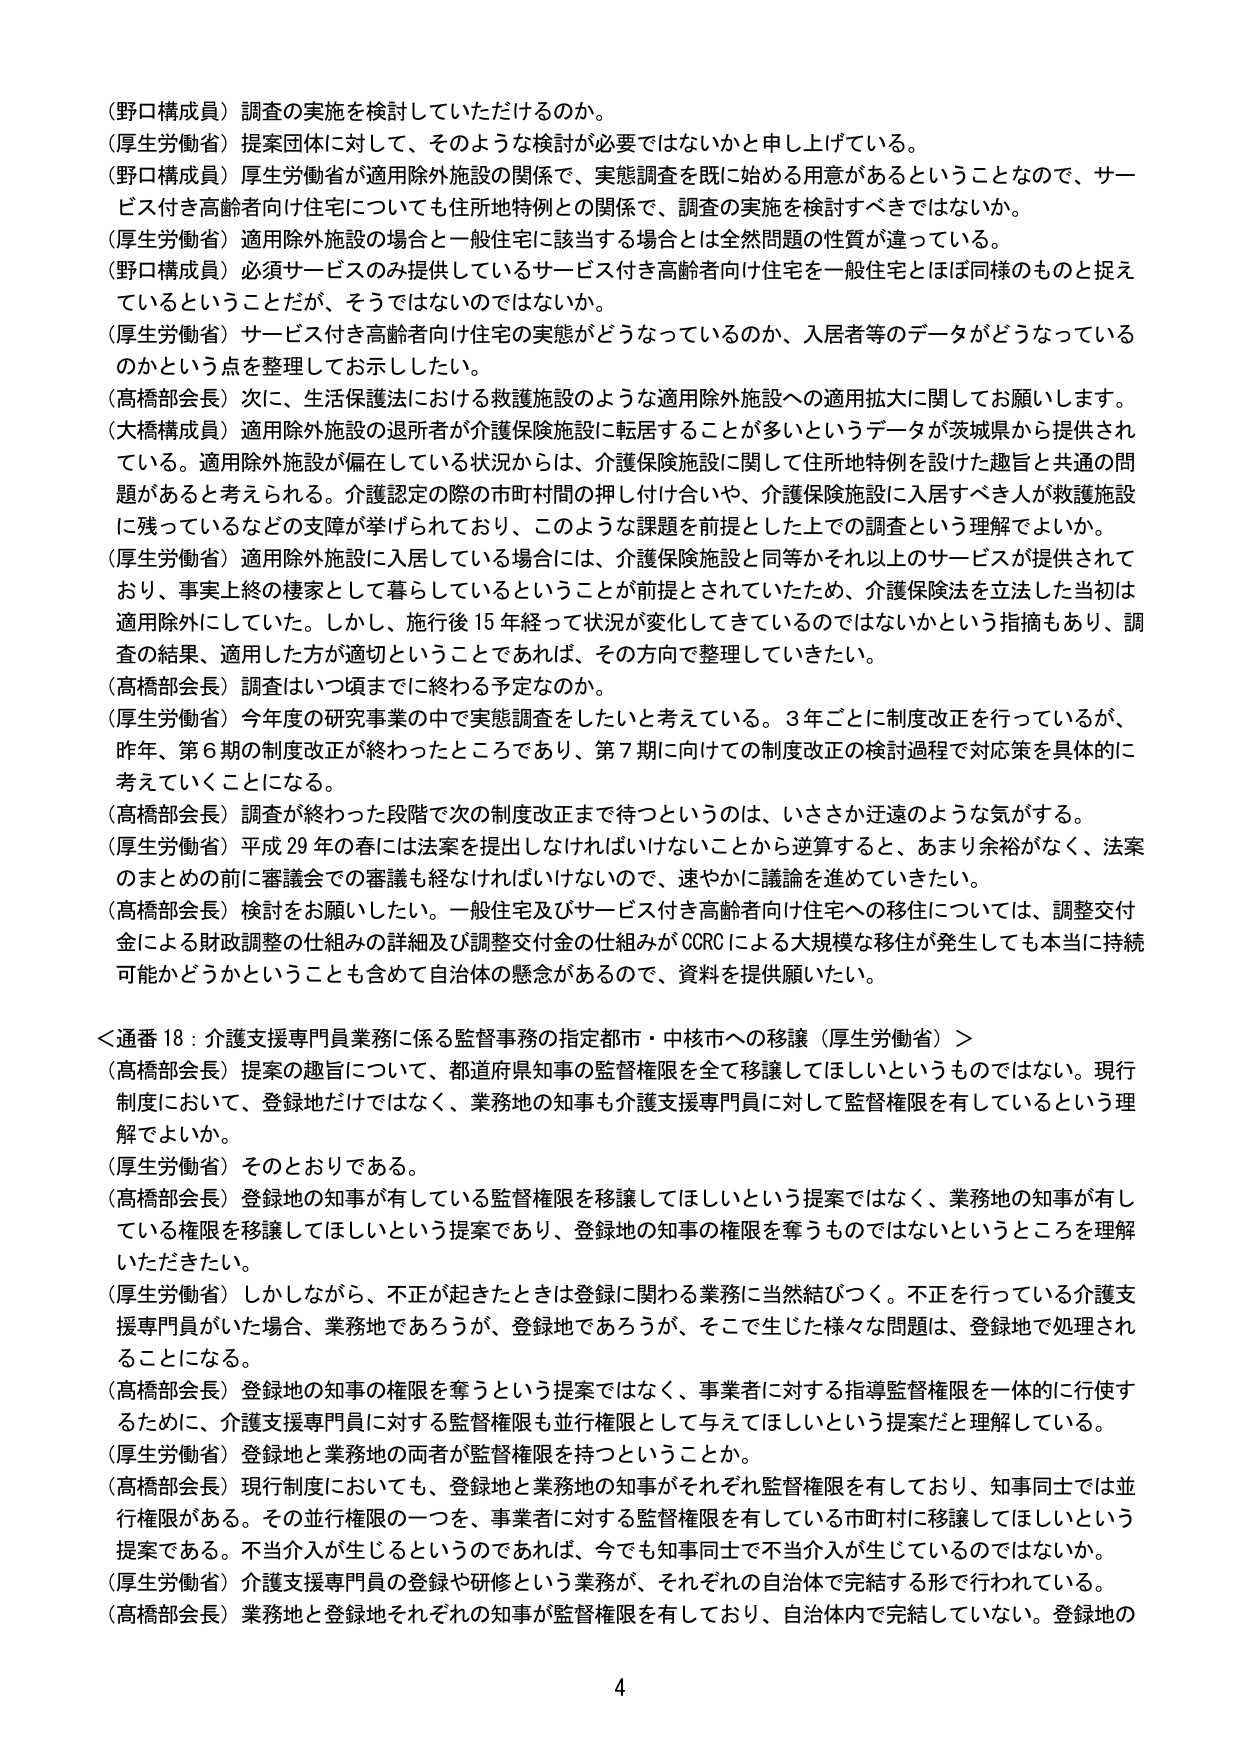
（野口構成員）調査の実施を検討していただけるのか。
（厚生労働省）提案団体に対して、そのような検討が必要ではないかと申し上げている。
（野口構成員）厚生労働省が適用除外施設の関係で、実態調査を既に始める用意があるということなので、サービス付き高齢者向け住宅についても住所地特例との関係で、調査の実施を検討すべきではないか。
（厚生労働省）適用除外施設の場合と一般住宅に該当する場合とは全然問題の性質が違っている。
（野口構成員）必須サービスのみ提供しているサービス付き高齢者向け住宅を一般住宅とほぼ同様のものと捉えているということだが、そうではないのではないか。
（厚生労働省）サービス付き高齢者向け住宅の実態がどうなっているのか、入居者等のデータがどうなっているのかという点を整理してお示ししたい。
（高橋部会長）次に、生活保護法における救護施設のような適用除外施設への適用拡大に関してお願いします。
（大橋構成員）適用除外施設の退所者が介護保険施設に転居することが多いというデータが茨城県から提供されている。適用除外施設が偏在している状況からは、介護保険施設に関して住所地特例を設けた趣旨と共通の問題があると考えられる。介護認定の際の市町村間の押し付け合いや、介護保険施設に入居すべき人が救護施設に残っているなどの支障が挙げられており、このような課題を前提とした上での調査という理解でよいか。
（厚生労働省）適用除外施設に入居している場合には、介護保険施設と同等かそれ以上のサービスが提供されており、事実上終の棲家として暮らしているということが前提とされていたため、介護保険法を立法した当初は適用除外にしていた。しかし、施行後15年経って状況が変化してきているのではないかという指摘もあり、調査の結果、適用した方が適切ということであれば、その方向で整理していきたい。
（高橋部会長）調査はいつ頃までに終わる予定なのか。
（厚生労働省）今年度の研究事業の中で実態調査をしたいと考えている。3年ごとに制度改正を行っているが、昨年、第6期の制度改正が終わったところであり、第7期に向けての制度改正の検討過程で対応策を具体的に考えていくことになる。
（高橋部会長）調査が終わった段階で次の制度改正まで待つというのは、いささか迂遠のような気がする。
（厚生労働省）平成29年の春には法案を提出しなければいけないことから逆算すると、あまり余裕がなく、法案のまとめの前に審議会での審議も経なければならないので、速やかに議論を進めていきたい。
（高橋部会長）検討をお願いしたい。一般住宅及びサービス付き高齢者向け住宅への移住については、調整交付金による財政調整の仕組みの詳細及び調整交付金の仕組みがCORCによる大規模な移住が発生しても本当に持続可能かどうかということも含めて自治体の懸念があるので、資料を提供願いたい。

＜通番18：介護支援専門員業務に係る監督事務の指定都市・中核市への移譲（厚生労働省）＞
（高橋部会長）提案の趣旨について、都道府県知事の監督権限を全て移譲してほしいというものではない。現行制度において、登録地だけではなく、業務地の知事も介護支援専門員に対して監督権限を有しているという理解でよいか。
（厚生労働省）そのとおりである。
（高橋部会長）登録地の知事が有している監督権限を移譲してほしいという提案ではなく、業務地の知事が有している権限を移譲してほしいという提案であり、登録地の知事の権限を奪うものではないというところを理解いただきたい。
（厚生労働省）しかしながら、不正が起きたときは登録に関わる業務に当然結びつく。不正を行っている介護支援専門員がいた場合、業務地であろうが、登録地であろうが、そこで生じた様々な問題は、登録地で処理されることになる。
（高橋部会長）登録地の知事の権限を奪うという提案ではなく、事業者に対する指導監督権限を一体的に行使するために、介護支援専門員に対する監督権限も並行権限として与えてほしいという提案だと理解している。
（厚生労働省）登録地と業務地の両者が監督権限を持つということか。
（高橋部会長）現行制度においても、登録地と業務地の知事がそれぞれ監督権限を有しており、知事同士では並行権限がある。その並行権限の一つを、事業者に対する監督権限を有している市町村に移譲してほしいという提案である。不当介入が生じるというのであれば、今でも知事同士で不当介入が生じているのではないか。
（厚生労働省）介護支援専門員の登録や研修という業務が、それぞれの自治体で完結する形で行われている。
（高橋部会長）業務地と登録地それぞれの知事が監督権限を有しており、自治体内で完結していない。登録地の

4